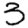
Digit: 3